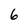
Character: 6